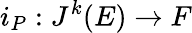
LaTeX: i_{P}:J^{k}(E)\rightarrow F